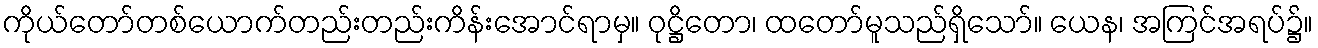
ကိုယ်တော်တစ်ယောက်တည်းတည်းကိန်းအောင်ရာမှ။ ဝုဋ္ဌိတော၊ ထတော်မူသည်ရှိသော်။ ယေန၊ အကြင်အရပ်၌။